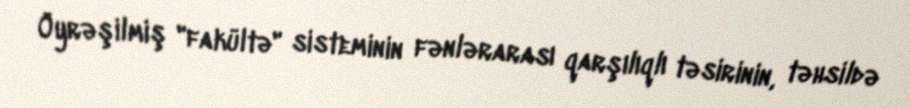
Öyrəşilmiş "fakültə" sisteminin fənlərarası qarşılıqlı təsirinin, təhsildə